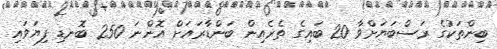
ބިންތަކުގެ ރަސްބަޔަށްވާ 20 ބައިގެ ތެރެއިން ބަންޑާރައަށް އޮންނަ 250 ބޮނޑި ފިޔަވައި